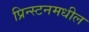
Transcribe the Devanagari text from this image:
प्रिन्स्टनमधील